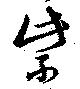
紫